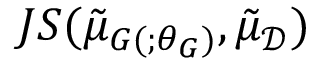
J S ( \tilde { \mu } _ { G ( ; \theta _ { G } ) } , \tilde { \mu } _ { \mathcal { D } } )